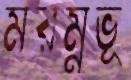
মরম্নভূ